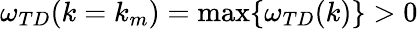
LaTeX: \omega_{TD}(k=k_{m})=\operatorname*{max}\{ \omega_{TD}(k)\} >0